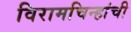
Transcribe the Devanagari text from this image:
विरामचिन्हांची